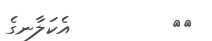
٢١         އެކަލާނގެ